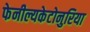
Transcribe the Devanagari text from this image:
फेनील्यकेटोनुरिया